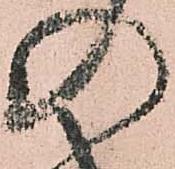
の